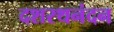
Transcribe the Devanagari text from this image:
दशरथनंदन